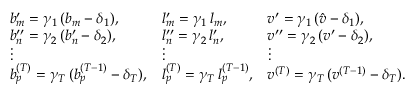
\begin{array} { l l l } { { b } _ { m } ^ { \prime } = \gamma _ { 1 } \, ( b _ { m } - \delta _ { 1 } ) , } & { { l } _ { m } ^ { \prime } = \gamma _ { 1 } \, l _ { m } , } & { { v } ^ { \prime } = \gamma _ { 1 } \, ( \hat { v } - \delta _ { 1 } ) , } \\ { { b } _ { n } ^ { \prime \prime } = \gamma _ { 2 } \, ( { b } _ { n } ^ { \prime } - \delta _ { 2 } ) , } & { { l } _ { n } ^ { \prime \prime } = \gamma _ { 2 } \, { l } _ { n } ^ { \prime } , } & { { v } ^ { \prime \prime } = \gamma _ { 2 } \, ( { v } ^ { \prime } - \delta _ { 2 } ) , } \\ { \vdots } & { \vdots } & { \vdots } \\ { b _ { p } ^ { ( T ) } = \gamma _ { T } \, ( b _ { p } ^ { ( T - 1 ) } - \delta _ { T } ) , } & { l _ { p } ^ { ( T ) } = \gamma _ { T } \, l _ { p } ^ { ( T - 1 ) } , } & { v ^ { ( T ) } = \gamma _ { T } \, ( v ^ { ( T - 1 ) } - \delta _ { T } ) . } \end{array}